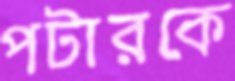
পটারকে